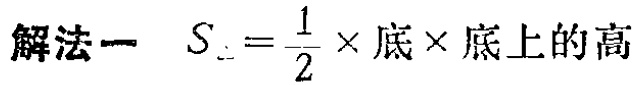
解法一 \(S_{\triangle}=\frac{1}{2} \times 底 \times 底上的高\)